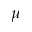
\mu